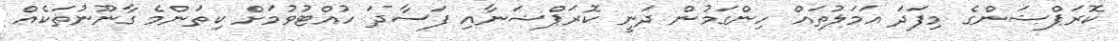
ކޮރަޕްޝަންގެ މިފަދަ އަމަލުތައް ހިންގަމުން ދަނީ ކޮރަޕްޝަނާއި ފަސާދަ ހުއްޓުވުމަށް ކިތަންމެ ގާނޫނުތަކެއް